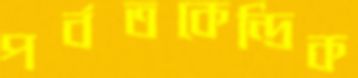
পর্বতকেন্দ্রিক